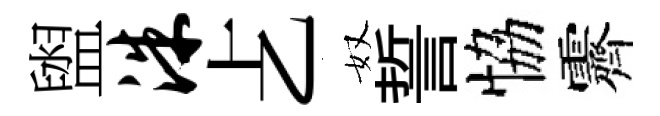
盥洙𠧒奴誓恊霽